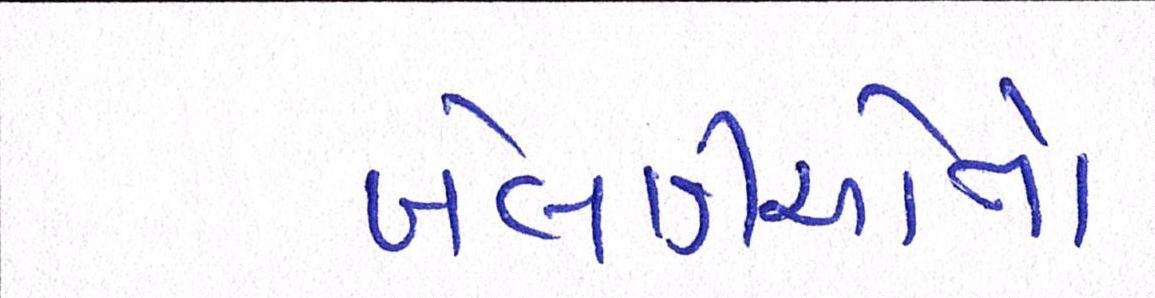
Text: ખેલાડીઓનો